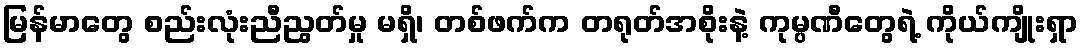
မြန်မာတွေ စည်းလုံးညီညွတ်မှု မရှိ၊ တစ်ဖက်က တရုတ်အစိုးနဲ့ ကုမ္ပဏီတွေရဲ့ ကိုယ်ကျိုးရှာ